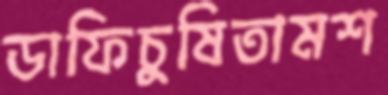
ডাফিচুষিতামশ